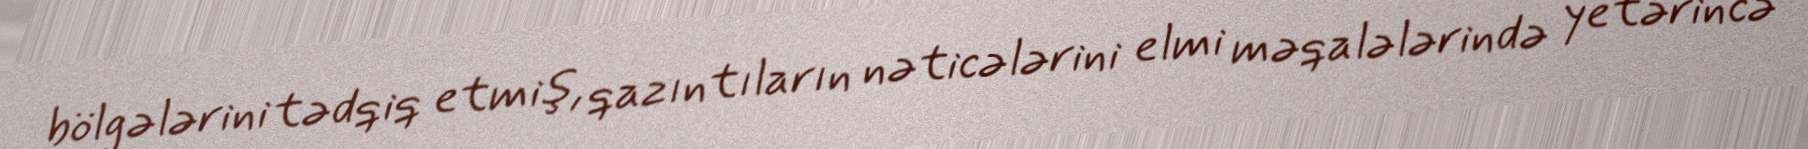
bölgələrini tədqiq etmiş, qazıntıların nəticələrini elmi məqalələrində yetərincə